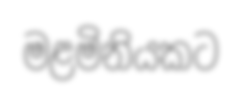
මළමිනියකට